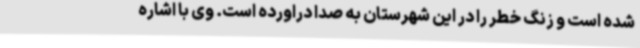
شده است و زنگ خطر را در این شهرستان به صدا دراورده است. وی با اشاره